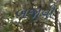
બજાવી